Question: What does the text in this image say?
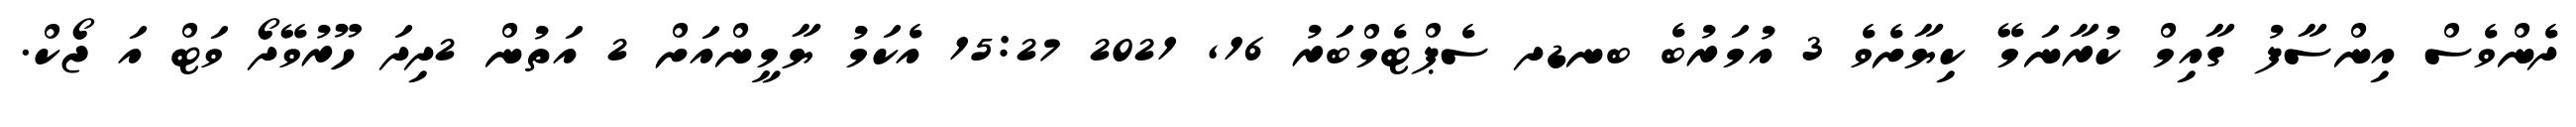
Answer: ދެންވެސް އިންސާފު ގާއިމް ކުރާނަމޭ ކިޔާށެވެ 3 އުމަރުބެ ބނޑދ ސެޕްޓެމްބަރު 16, 2021 15:27 އެކަމު ޔާމީންއަށް 2 އަތުން 2ދިދަ ހޫރުވޭދޯ ވަޓް އަ ޖޯކް.